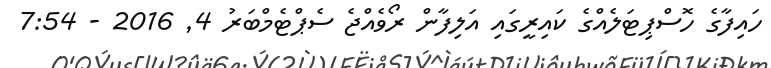
ހައިފާގެ ހޮސްޕިޓަލެއްގެ ކައިރީގައި އަލިފާން ރޯވެއްޖެ ސެޕްޓެމްބަރު 4